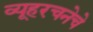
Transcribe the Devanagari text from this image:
व्यूहरचनेचे